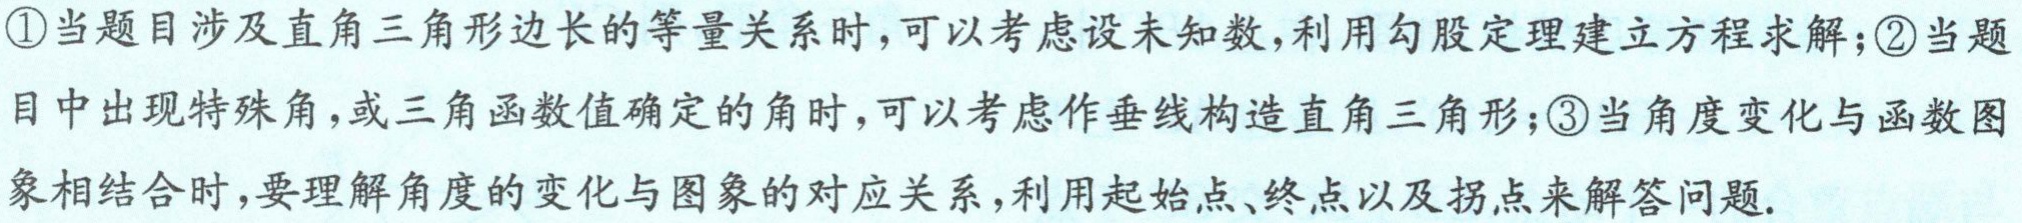
\textcircled{1}当题目涉及直角三角形边长的等量关系时，可以考虑设未知数，利用勾股定理建立方程求解；\textcircled{2}当题目中出现特殊角，或三角函数值确定的角时，可以考虑作垂线构造直角三角形；\textcircled{3}当角度变化与函数图象相结合时，要理解角度的变化与图象的对应关系，利用起始点、终点以及拐点来解答问题.